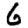
Digit: 6